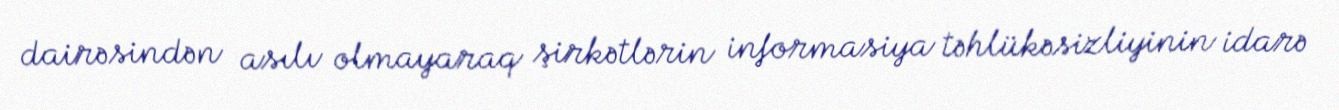
dairəsindən asılı olmayaraq şirkətlərin informasiya təhlükəsizliyinin idarə